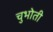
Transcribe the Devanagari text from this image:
चुभोती